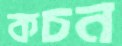
কচন